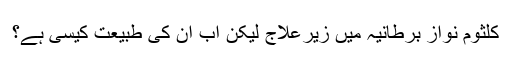
کلثوم نواز برطانیہ میں زیرعلاج لیکن اب ان کی طبیعت کیسی ہے؟